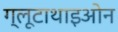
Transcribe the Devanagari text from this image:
ग्लूटाथाइओन